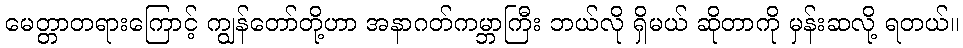
မေတ္တာတရားကြောင့် ကျွန်တော်တို့ဟာ အနာဂတ်ကမ္ဘာကြီး ဘယ်လို ရှိမယ် ဆိုတာကို မှန်းဆလို့ ရတယ်။